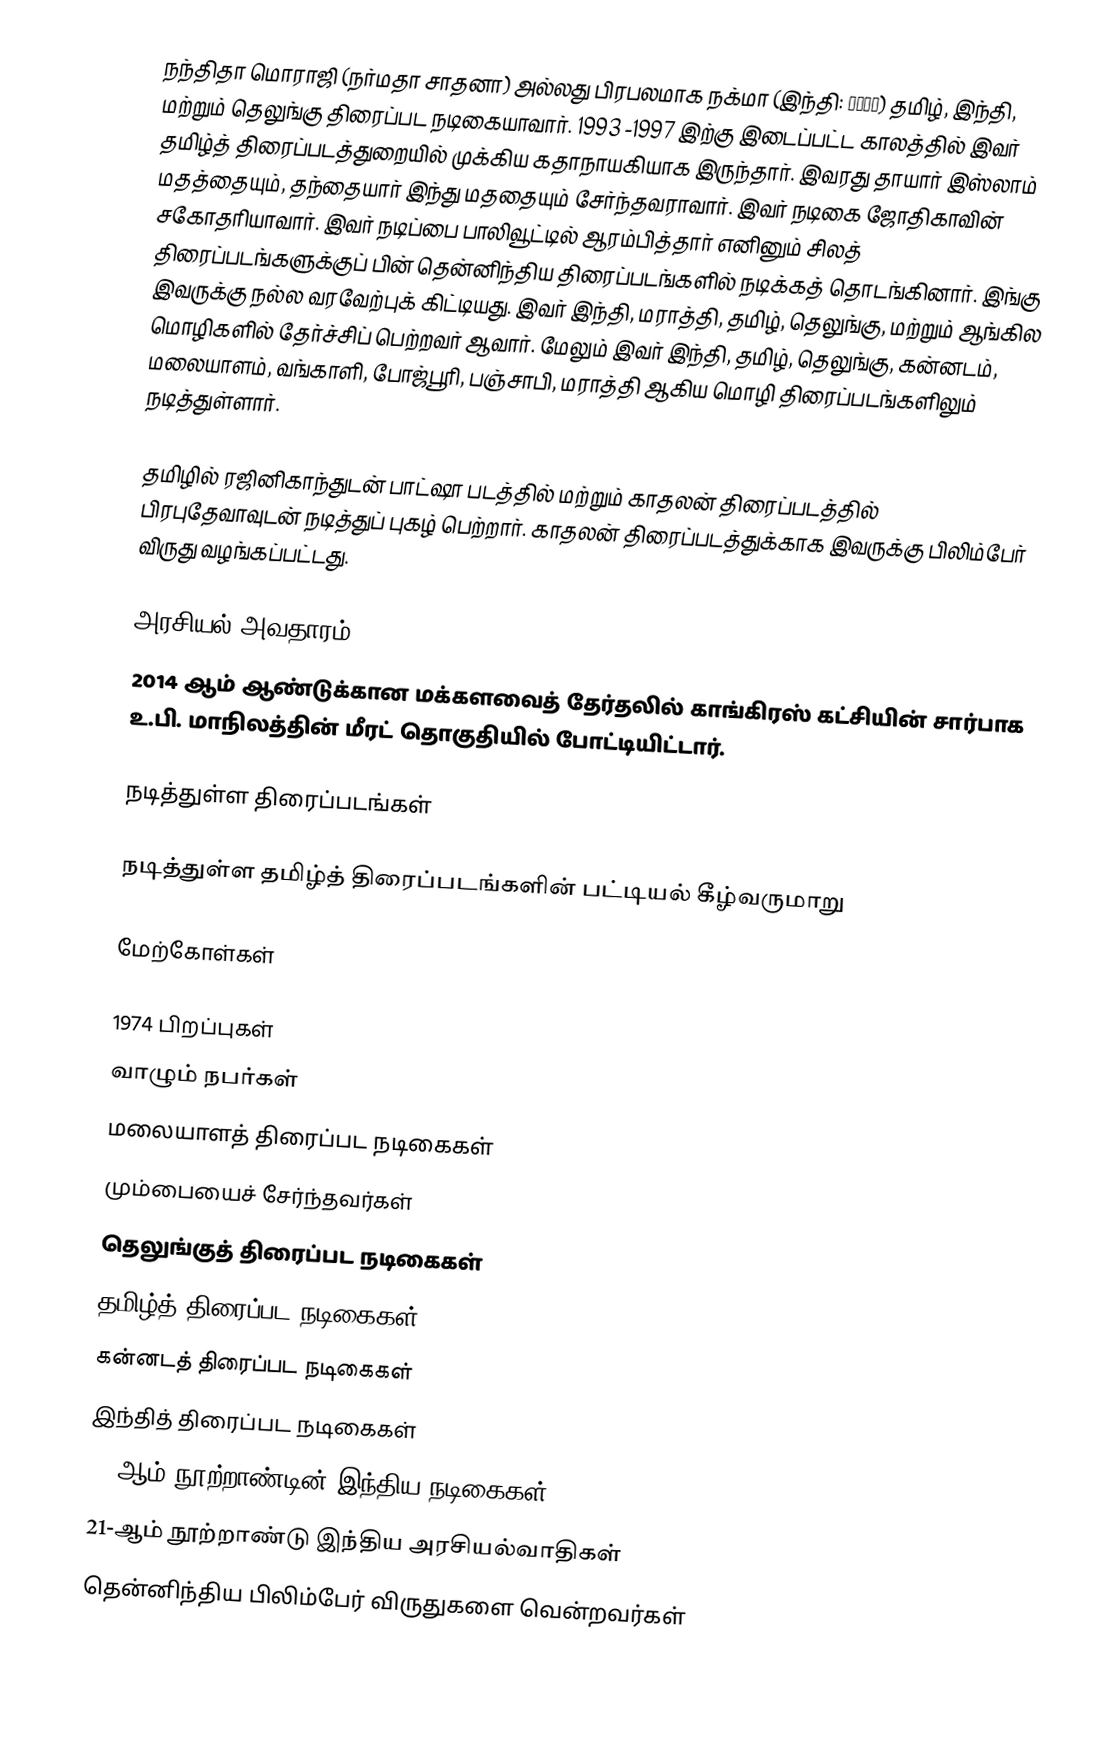
நந்திதா மொராஜி (நர்மதா சாதனா) அல்லது பிரபலமாக நக்மா (இந்தி: नघमा) தமிழ், இந்தி, மற்றும் தெலுங்கு திரைப்பட நடிகையாவார். 1993 -1997 இற்கு இடைப்பட்ட காலத்தில் இவர் தமிழ்த் திரைப்படத்துறையில் முக்கிய கதாநாயகியாக இருந்தார். இவரது தாயார் இஸ்லாம் மதத்தையும், தந்தையார் இந்து மததையும் சேர்ந்தவராவார். இவர் நடிகை ஜோதிகாவின் சகோதரியாவார். இவர் நடிப்பை பாலிவூட்டில் ஆரம்பித்தார் எனினும் சிலத் திரைப்படங்களுக்குப் பின் தென்னிந்திய திரைப்படங்களில் நடிக்கத் தொடங்கினார். இங்கு இவருக்கு நல்ல வரவேற்புக் கிட்டியது. இவர் இந்தி, மராத்தி, தமிழ், தெலுங்கு, மற்றும் ஆங்கில மொழிகளில் தேர்ச்சிப் பெற்றவர் ஆவார். மேலும் இவர் இந்தி, தமிழ், தெலுங்கு, கன்னடம், மலையாளம், வங்காளி, போஜ்பூரி, பஞ்சாபி, மராத்தி ஆகிய மொழி திரைப்படங்களிலும் நடித்துள்ளார்.

தமிழில் ரஜினிகாந்துடன் பாட்ஷா படத்தில் மற்றும் காதலன் திரைப்படத்தில் பிரபுதேவாவுடன் நடித்துப் புகழ் பெற்றார். காதலன் திரைப்படத்துக்காக இவருக்கு பிலிம்பேர் விருது வழங்கப்பட்டது.

அரசியல் அவதாரம்
2014 ஆம் ஆண்டுக்கான மக்களவைத் தேர்தலில் காங்கிரஸ் கட்சியின் சார்பாக உ.பி. மாநிலத்தின் மீரட் தொகுதியில் போட்டியிட்டார்.

நடித்துள்ள திரைப்படங்கள்

நடித்துள்ள தமிழ்த் திரைப்படங்களின் பட்டியல் கீழ்வருமாறு

மேற்கோள்கள்

1974 பிறப்புகள்
வாழும் நபர்கள்
மலையாளத் திரைப்பட நடிகைகள்
மும்பையைச் சேர்ந்தவர்கள்
தெலுங்குத் திரைப்பட நடிகைகள்
தமிழ்த் திரைப்பட நடிகைகள்
கன்னடத் திரைப்பட நடிகைகள்
இந்தித் திரைப்பட நடிகைகள்
20 ஆம் நூற்றாண்டின் இந்திய நடிகைகள்
21-ஆம் நூற்றாண்டு இந்திய அரசியல்வாதிகள்
தென்னிந்திய பிலிம்பேர் விருதுகளை வென்றவர்கள்